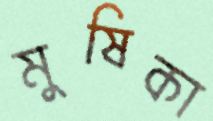
মুষিকা